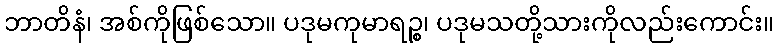
ဘာတိနံ၊ အစ်ကိုဖြစ်သော။ ပဒုမကုမာရဉ္စ၊ ပဒုမသတို့သားကိုလည်းကောင်း။